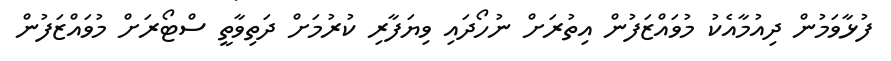
ފުޅާވަމުން ދިއުމާއެކު މުވައްޒަފުން އިތުރަށް ނުހޯދައި ވިޔަފާރި ކުރުމަށް ދަތިވާތީ ސްޓޯރަށް މުވައްޒަފުން